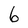
Character: 6